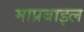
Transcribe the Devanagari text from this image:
माप्रबाइल